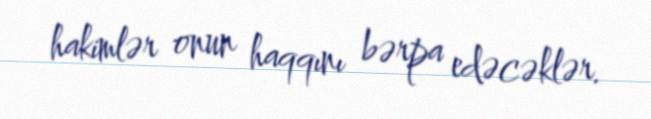
hakimlər onun haqqını bərpa edəcəklər.